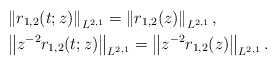
\begin{align*}&\left\|r_{1,2}(t;z)\right\|_{L^{2,1}}=\left\|r_{1,2}(z)\right\|_{L^{2,1}}, \\&\left\|z^{-2}r_{1,2}(t;z)\right\|_{L^{2,1}}=\left\|z^{-2}r_{1,2}(z)\right\|_{L^{2,1}}.\end{align*}